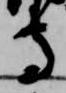
寺